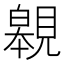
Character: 䚌